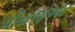
પીયજીઓટ